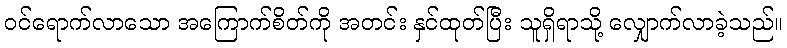
ဝင်ရောက်လာသော အကြောက်စိတ်ကို အတင်း နှင်ထုတ်ပြီး သူရှိရာသို့ လျှောက်လာခဲ့သည်။